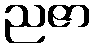
ညဇာ